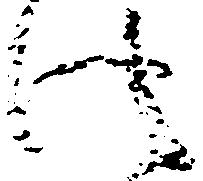
此